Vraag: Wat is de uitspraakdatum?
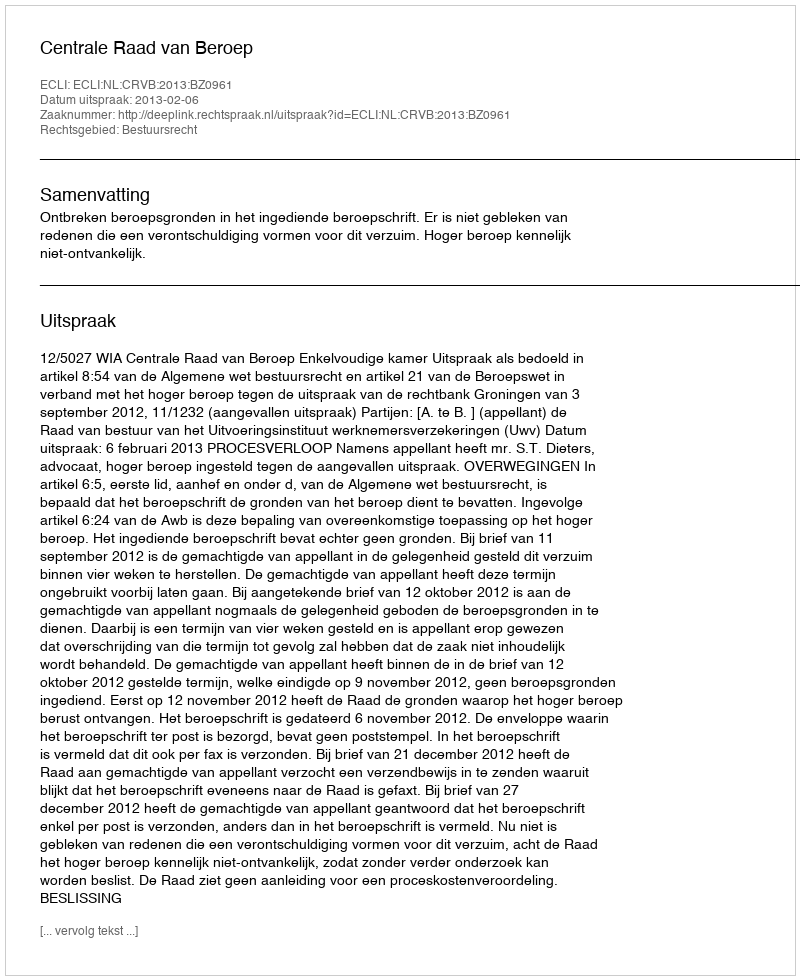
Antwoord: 2013-02-06